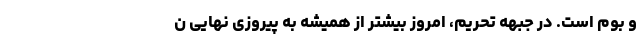
و بوم است. در جبهه تحریم،‌ امروز بیشتر از همیشه به پیروزی نهایی ن